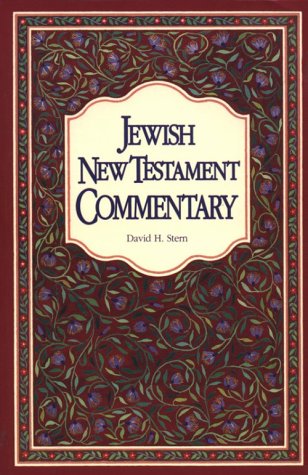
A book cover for Jewish New Testament Commentary: A Companion Volume to the Jewish New Testament; David H. Stern; Reference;